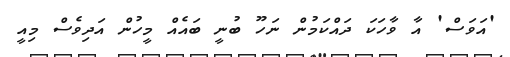
'އަވަސް' އާ ވާހަކަ ދައްކަމުން ނަހޫ ބުނީ ބައެއް މީހުން އަދިވެސް މިއީ